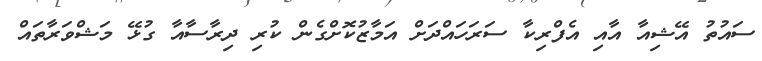
ސައުތު އޭޝިއާ އާއި އެފްރިކާ ސަރަހައްދަށް އަމާޒުކޮށްގެން ކުރި ދިރާސާއާ ގުޅޭ މަޝްވަރާތައް